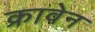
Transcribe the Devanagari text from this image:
क्रावेन